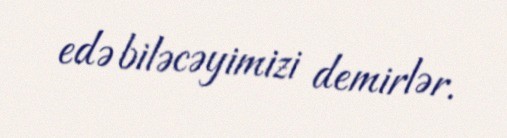
edə biləcəyimizi demirlər.